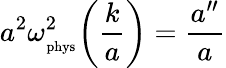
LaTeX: a^{2}\omega_{_\mathrm{phys}}^{2}\biggl(\frac{k}{a}\biggr)=\frac{a^{\prime\prime}}{a}